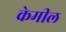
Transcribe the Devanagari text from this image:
केमील